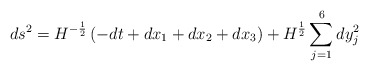
\begin{align*}ds^2=H^{-\frac 12}\left(-dt+dx_1+dx_2+dx_3\right) +H^{\frac 12}\sum\limits_{j=1}^6 dy_j^2\end{align*}